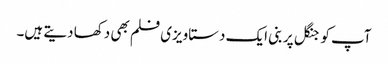
آپ کو جنگل پر بنی ایک دستاویزی فلم بھی دکھا دیتے ہیں۔